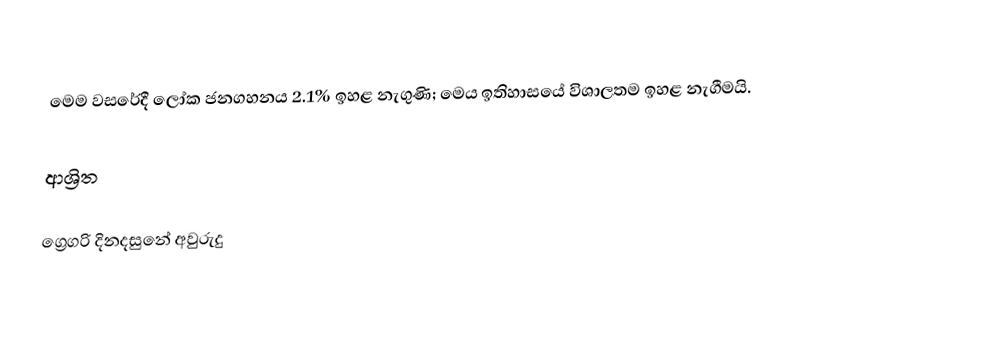

මෙම වසරේදී ලෝක ජනගහනය 2.1% ඉහළ නැගුණි; මෙය ඉතිහාසයේ විශාලතම ඉහළ නැගීමයි.

ආශ්‍රිත

ග්‍රෙගරි දිනදසුනේ අවුරුදු